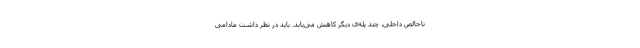
ناخالص داخلی، چند پله‌ی دیگر کاهش می‌یابد. باید در نظر داشت مادامی